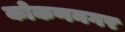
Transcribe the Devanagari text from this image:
कोकणनगर